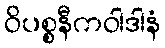
ဝိပစ္စနီကဝါဒါနံ